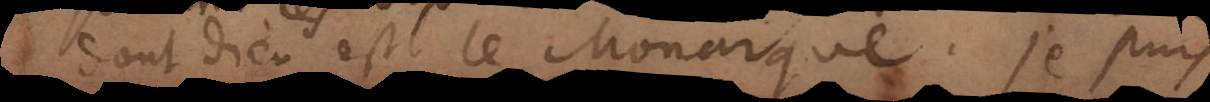
dont Dieu est le Monarque. Je puis